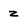
Character: z